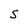
Character: S